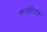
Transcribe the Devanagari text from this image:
कावेरिपाक